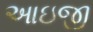
આઇજી